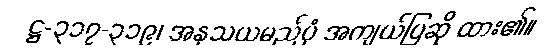
ဋ္ဌ-၃၁၇-၃၁၉၊ အနုသယမည်ပုံ အကျယ်ပြဆို ထား၏။